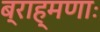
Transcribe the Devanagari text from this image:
ब्राह्मणाः